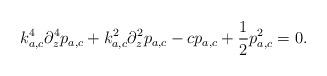
LaTeX: \begin{align*}k_{a,c}^4\partial_z^4p_{a,c} + k_{a,c}^2\partial_z^2p_{a,c} - cp_{a,c} + \frac12 p_{a,c}^2 = 0.\end{align*}